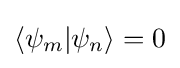
\langle \psi _{m}|\psi _{n}\rangle =0